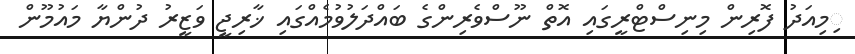
ިމިއަދު ފޮރިން މިނިސްޓްރީގައި އޮތް ނޫސްވެރިންގެ ބައްދަލުވުމެއްގައި ޚާރިޖީ ވަޒީރު ދުންޔާ މައުމޫން